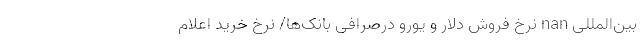
بین‌المللی nan نرخ فروش دلار و یورو درصرافی بانک‌ها/ نرخ خرید اعلام